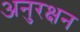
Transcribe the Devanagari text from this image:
अनुरक्षन